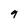
Character: 9